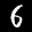
Label: 6